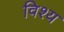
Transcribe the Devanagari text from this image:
विश्य